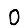
Digit: 0